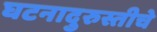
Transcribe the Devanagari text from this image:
घटनादुरुस्तीचे